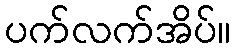
ပက်လက်အိပ်။